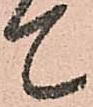
て